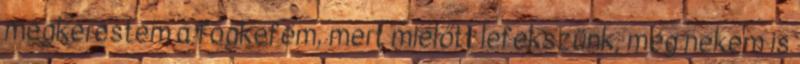
megkerestem a fogkefém, mert mielőtt lefekszünk, még nekem is